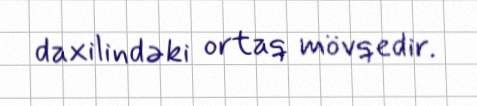
daxilindəki ortaq mövqedir.